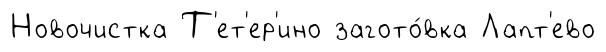
Новочистка Т'ет'ер'ино загото́вка Лапт'ево